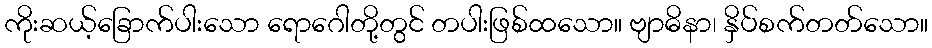
ကိုးဆယ့်ခြောက်ပါးသော ရောဂေါတို့တွင် တပါးဖြစ်ထသော။ ဗျာဓိနာ၊ နှိပ်စက်တတ်သော။